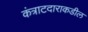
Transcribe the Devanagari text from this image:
कंत्राटदाराकडील